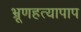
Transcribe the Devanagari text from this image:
भ्रूणहत्यापाप